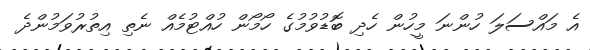
އެ މައްސަލަ ހުންނަ މީހުން ހެދި ބޮޑުވުމުގެ ހޯމޯން ހުއްޓުމެއް ނެތި އިތުރުވަމުންދެ